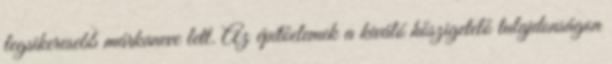
legsikeresebb márkaneve lett. Az építőelemek a kiváló hőszigetelő tulajdonságon